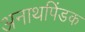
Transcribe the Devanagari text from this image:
अनाथपिंडक